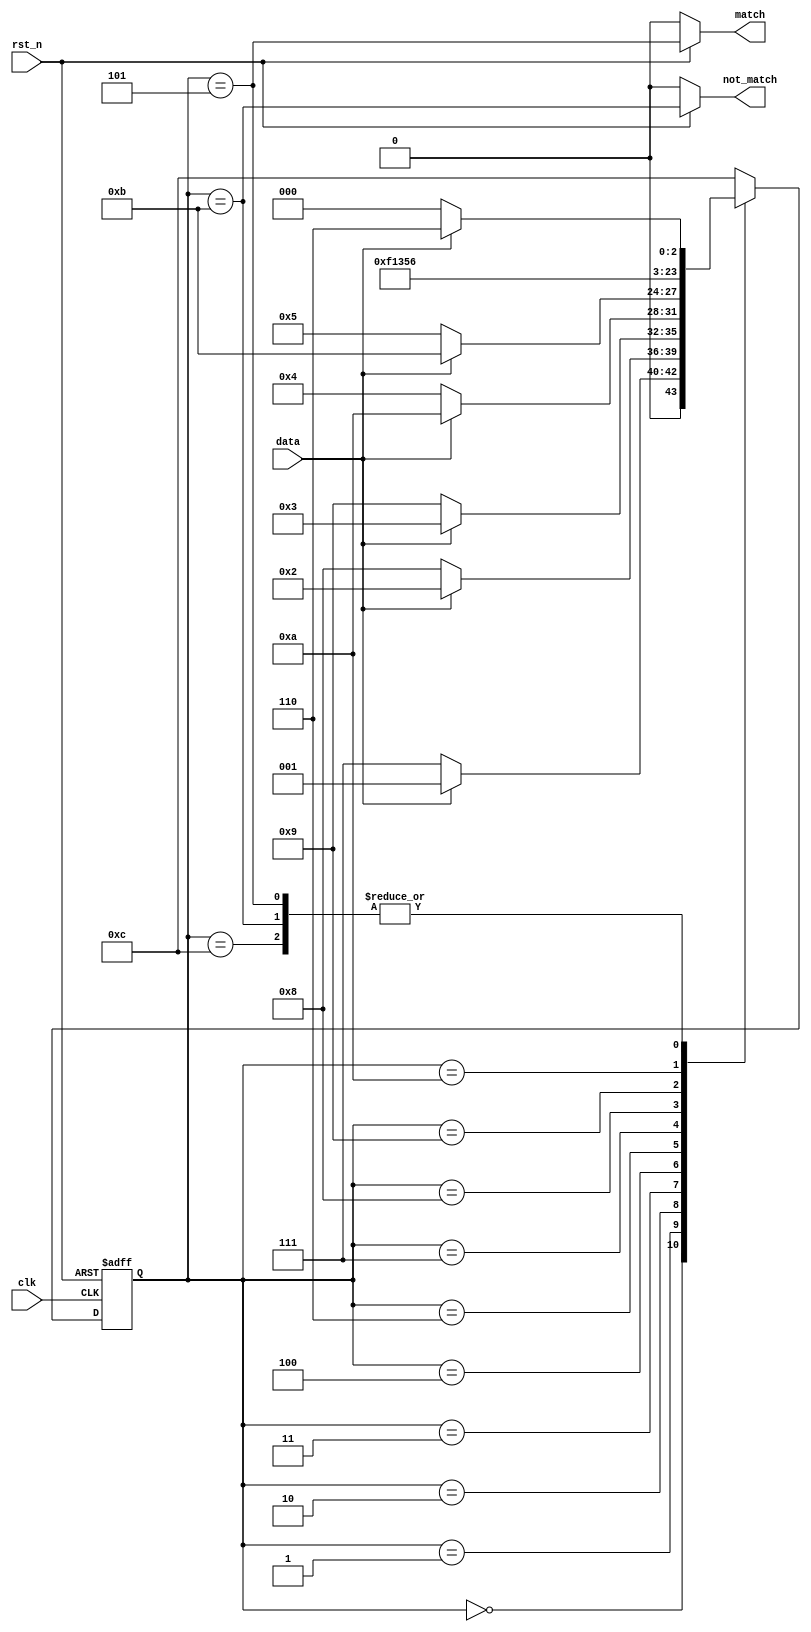
`timescale 1ns/1ns
module sequence_detect(
	input clk,
	input rst_n,
	input data,
	output reg match,
	output reg not_match
	);
     
	
//      IDLE
// 	S0-S5S(i)i
// 	F0-F5F
// 	
    parameter S0=0,S1=1,S2=2,S3=3,S4=4,S5=5,F0=6,F1=7,F2=8,F3=9,F4=10,F5=11,IDLE=12;
    reg [3:0] state,next;
    
    always@(posedge clk or negedge rst_n)begin
        if(!rst_n) state<=IDLE;
        else       state<=next;
    end
    
    
    //  011100
    
    always@(*)begin
        case(state)
            IDLE:   next = data?F0:S0;
            S0:     next = data?S1:F1;
            S1:     next = data?S2:F2;
            S2:     next = data?S3:F3;
            S3:     next = data?F4:S4;
            S4:     next = data?F5:S5;
            S5:     next = data?F0:S0;
            F0:     next = F1;
            F1:     next = F2;
            F2:     next = F3;
            F3:     next = F4;
            F4:     next = F5;
            F5:     next = data?F0:S0;
            default:next = IDLE;
        endcase
    end
    
    always@(*)begin
        if(!rst_n) begin
            match     <=0;
            not_match <=0;
        end
        else begin
            match     <=(state==S5);
            not_match <=(state==F5);
                         
        end
    end
    
endmodule